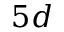
5 d